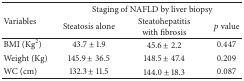
<table><thead><tr><td rowspan="2"><b> Variables</b></td><td colspan="3"><b>Staging of NAFLD by liver biopsy</b></td></tr><tr><td><b>Steatosis alone</b></td><td><b>Steatohepatitis with fibrosis</b></td><td><b><i>p</i> value</b></td></tr></thead><tbody><tr><td>BMI (Kg<sup>2</sup>)</td><td>43.7 ± 1.9</td><td>45.6 ± 2.2</td><td>0.447</td></tr><tr><td>Weight (Kg)</td><td>145.9 ± 36.5</td><td>148.5 ± 47.4</td><td>0.209</td></tr><tr><td>WC (cm)</td><td>132.3 ± 11.5</td><td>144.0 ± 18.3</td><td>0.087</td></tr></tbody></table>